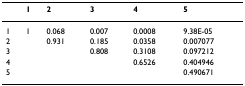
<table><thead><tr><td></td><td><b>1</b></td><td><b>2</b></td><td><b>3</b></td><td><b>4</b></td><td><b>5</b></td></tr></thead><tbody><tr><td>1</td><td>1</td><td>0.068</td><td>0.007</td><td>0.0008</td><td>9.38E-05</td></tr><tr><td>2</td><td></td><td>0.931</td><td>0.185</td><td>0.0358</td><td>0.007077</td></tr><tr><td>3</td><td></td><td></td><td>0.808</td><td>0.3108</td><td>0.097212</td></tr><tr><td>4</td><td></td><td></td><td></td><td>0.6526</td><td>0.404946</td></tr><tr><td>5</td><td></td><td></td><td></td><td></td><td>0.490671</td></tr></tbody></table>